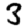
Digit: 3